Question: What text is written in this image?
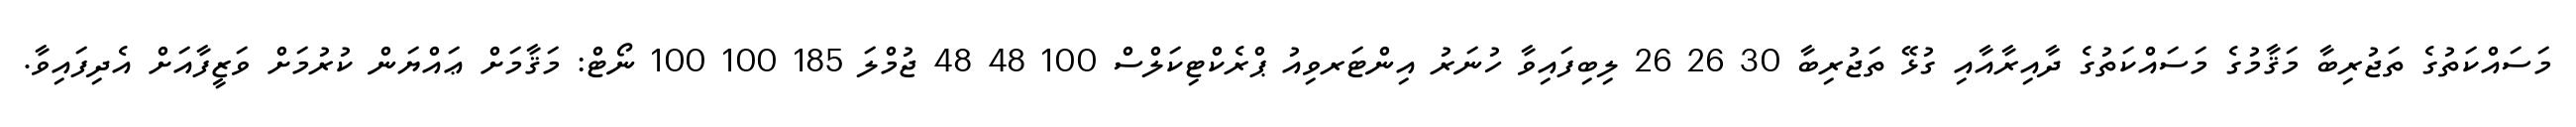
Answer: މަސައްކަތުގެ ތަޖުރިބާ މަޤާމުގެ މަސައްކަތުގެ ދާއިރާއާއި ގުޅޭ ތަޖުރިބާ 30 26 26 ލިބިފައިވާ ހުނަރު އިންޓަރވިއު ޕްރެކްޓިކަލްސް 100 48 48 ޖުމްލަ 185 100 100 ނޯޓް: މަޤާމަށް ޢައްޔަން ކުރުމަށް ވަޒީފާއަށް އެދިފައިވާ.